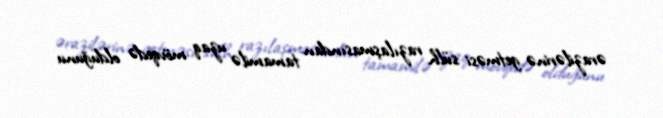
ərazilərinə getməsi sülh razılaşmasından tamamilə uzaq mövqedə olduğunu